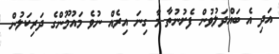
އަދި އެ ބައްދަލުވުން ފެށުނުތާ މާ ގިނަ އިރެއް ނުވެ މައުމޫންގެ ދަރިކަލުން